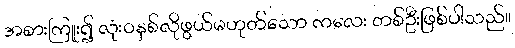
အစားကြူး၍ လုံးဝနှစ်လိုဖွယ်မဟုတ်သော ကလေး တစ်ဦးဖြစ်ပါသည်။